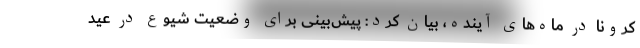
کرونا در ماه‌های آینده، بیان کرد: پیش‌بینی برای وضعیت شیوع در عید